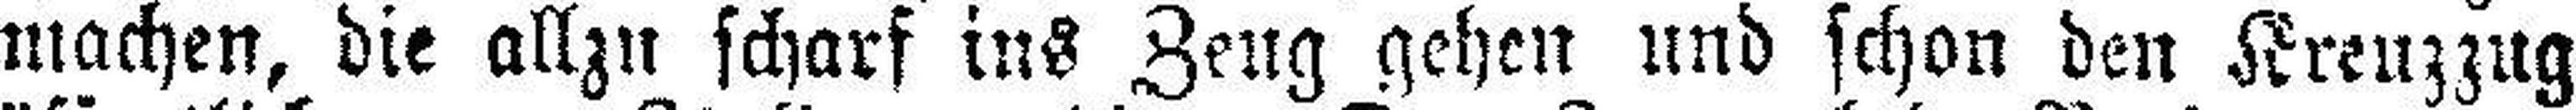
machen, die allzu scharf ins Zeug gehen und schon den Kreuzzug